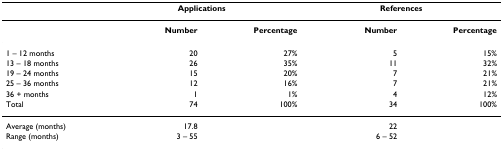
<table><thead><tr><td></td><td colspan="2"><b>Applications</b></td><td colspan="2"><b>References</b></td></tr></thead><tbody><tr><td></td><td><b>Number</b></td><td><b>Percentage</b></td><td><b>Number</b></td><td><b>Percentage</b></td></tr><tr><td>1 – 12 months</td><td>20</td><td>27%</td><td>5</td><td>15%</td></tr><tr><td>13 – 18 months</td><td>26</td><td>35%</td><td>11</td><td>32%</td></tr><tr><td>19 – 24 months</td><td>15</td><td>20%</td><td>7</td><td>21%</td></tr><tr><td>25 – 36 months</td><td>12</td><td>16%</td><td>7</td><td>21%</td></tr><tr><td>36 + months</td><td>1</td><td>1%</td><td>4</td><td>12%</td></tr><tr><td>Total</td><td>74</td><td>100%</td><td>34</td><td>100%</td></tr><tr><td>Average (months)</td><td>17.8</td><td></td><td>22</td><td></td></tr><tr><td>Range (months)</td><td>3 – 55</td><td></td><td>6 – 52</td><td></td></tr></tbody></table>